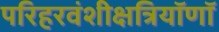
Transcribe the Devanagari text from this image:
परिहरवंशीक्षत्रियॉणॉ